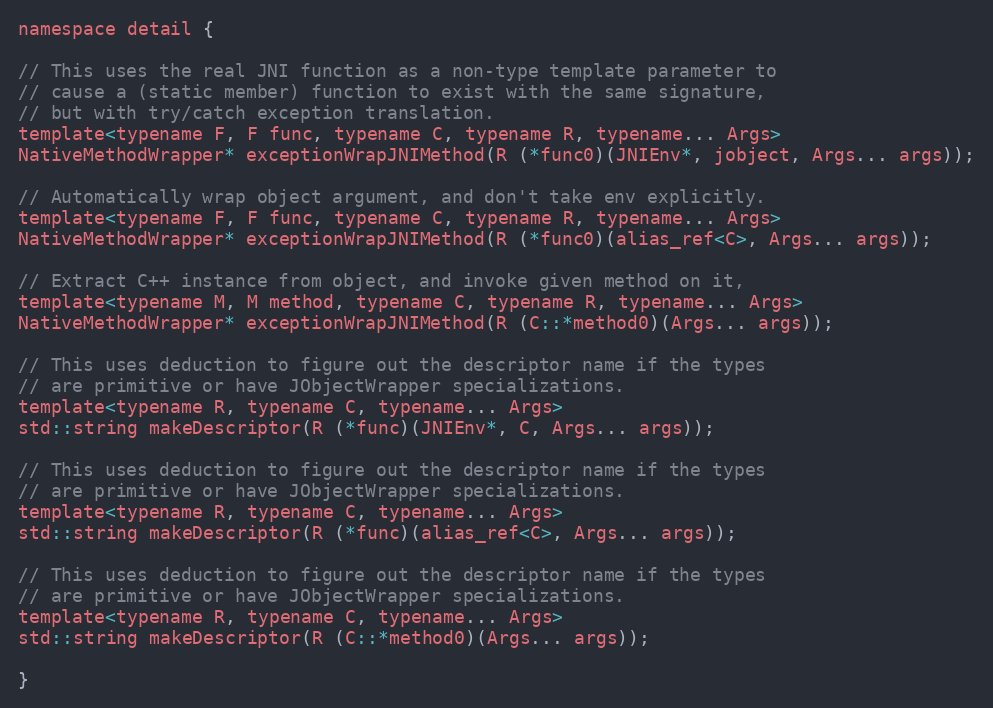
Language: C
namespace detail {

// This uses the real JNI function as a non-type template parameter to
// cause a (static member) function to exist with the same signature,
// but with try/catch exception translation.
template<typename F, F func, typename C, typename R, typename... Args>
NativeMethodWrapper* exceptionWrapJNIMethod(R (*func0)(JNIEnv*, jobject, Args... args));

// Automatically wrap object argument, and don't take env explicitly.
template<typename F, F func, typename C, typename R, typename... Args>
NativeMethodWrapper* exceptionWrapJNIMethod(R (*func0)(alias_ref<C>, Args... args));

// Extract C++ instance from object, and invoke given method on it,
template<typename M, M method, typename C, typename R, typename... Args>
NativeMethodWrapper* exceptionWrapJNIMethod(R (C::*method0)(Args... args));

// This uses deduction to figure out the descriptor name if the types
// are primitive or have JObjectWrapper specializations.
template<typename R, typename C, typename... Args>
std::string makeDescriptor(R (*func)(JNIEnv*, C, Args... args));

// This uses deduction to figure out the descriptor name if the types
// are primitive or have JObjectWrapper specializations.
template<typename R, typename C, typename... Args>
std::string makeDescriptor(R (*func)(alias_ref<C>, Args... args));

// This uses deduction to figure out the descriptor name if the types
// are primitive or have JObjectWrapper specializations.
template<typename R, typename C, typename... Args>
std::string makeDescriptor(R (C::*method0)(Args... args));

}